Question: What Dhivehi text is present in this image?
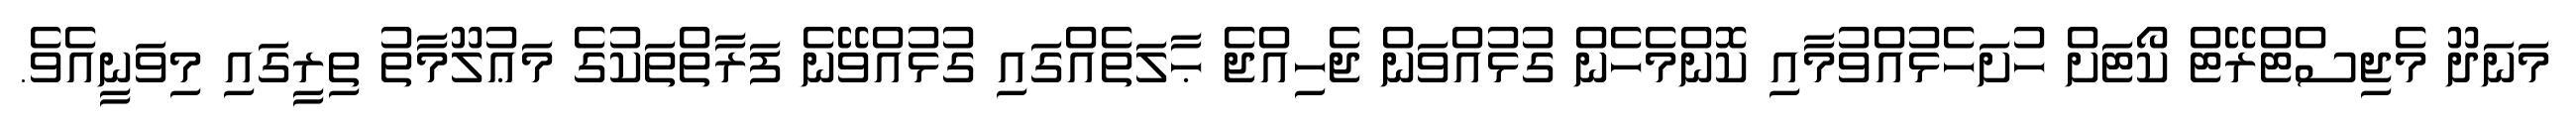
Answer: މަނަދޫ މެޖިސްޓްރޭޓް ކޯޓަށް ހުށަހެޅުއްވުމާއި ކޮންމެހެން ގުޅުއްވަން ޖެހިއްޖެ ޙާލަތެއްގައި ގުޅުއްވޭނެ ފަރާތްތަކުގެ މަޢުލޫމާތު ތިރީގައި މިވަނީއެވެ.